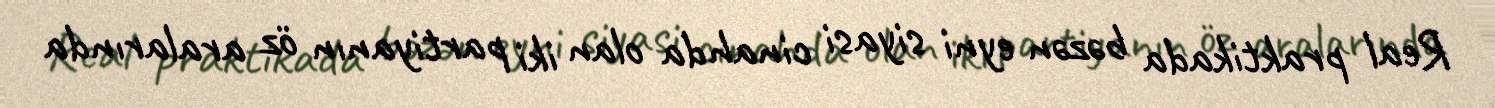
Real praktikada bəzən eyni siyasi cinahda olan iki partiyanın öz aralarında